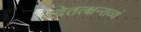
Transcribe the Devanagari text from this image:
तदेतत्क्षन्तव्यं